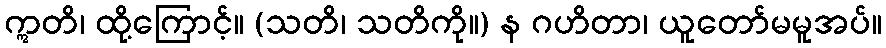
ဣတိ၊ ထို့ကြောင့်။ (သတိ၊ သတိကို။) န ဂဟိတာ၊ ယူတော်မမူအပ်။